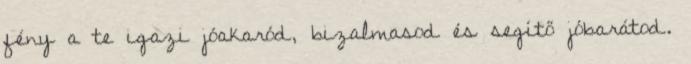
fény a te igazi jóakaród, bizalmasod és segítő jóbarátod.